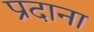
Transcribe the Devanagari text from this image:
प्रदाना